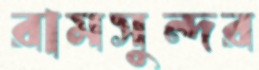
রামসুন্দর